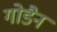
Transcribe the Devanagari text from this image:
गोडैन